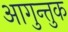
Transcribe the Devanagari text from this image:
आगुन्तुक